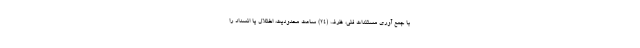
با جمع آوری مستندات فنی، ظرف (۲۴) ساعت محدودیت، اختلال یا انسداد را